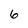
Character: 6